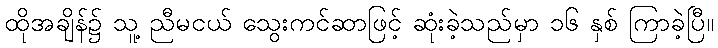
ထိုအချိန်၌ သူ့ ညီမငယ် သွေးကင်ဆာဖြင့် ဆုံးခဲ့သည်မှာ ၁၆ နှစ် ကြာခဲ့ပြီ။